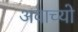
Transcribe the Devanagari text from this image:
अवाच्यो